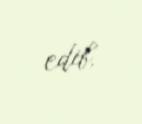
edib.